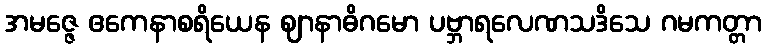
အမဇ္ဇေ ဧကေနာစရိယေန ဈာနာဓိဂမော ပဗ္ဘာရလေဏသဒိသေ ဂမကတ္တာ